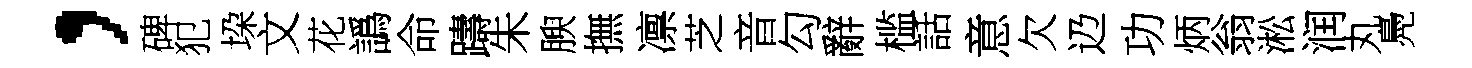
，碑犯垜文花譌命躊朱腴撫凛芝音勾辭槛話意欠辸功炳翁淞润丸鳧